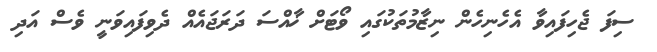
ސިފަ ޖެހިފައިވާ އެހެނިހެން ނިޒާމުތަކުގައި ވޯޓަށް ޚާއްސަ ދަރަޖައެއް ދެވިފައިވަނީ ވެސް އަދި